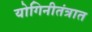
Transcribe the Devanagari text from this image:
योगिनीतंत्रात